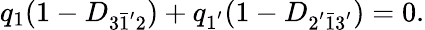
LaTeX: q_{1}(1-D_{3\bar{1}^{'}2})+q_{1^{'}}(1-D_{2^{'}\bar{1}3^{'}})=0.